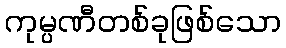
ကုမ္ပဏီတစ်ခုဖြစ်သော